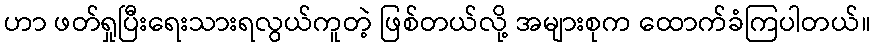
ဟာ ဖတ်ရှုပြီးရေးသားရလွယ်ကူတဲ့ ဖြစ်တယ်လို့ အများစုက ထောက်ခံကြပါတယ်။